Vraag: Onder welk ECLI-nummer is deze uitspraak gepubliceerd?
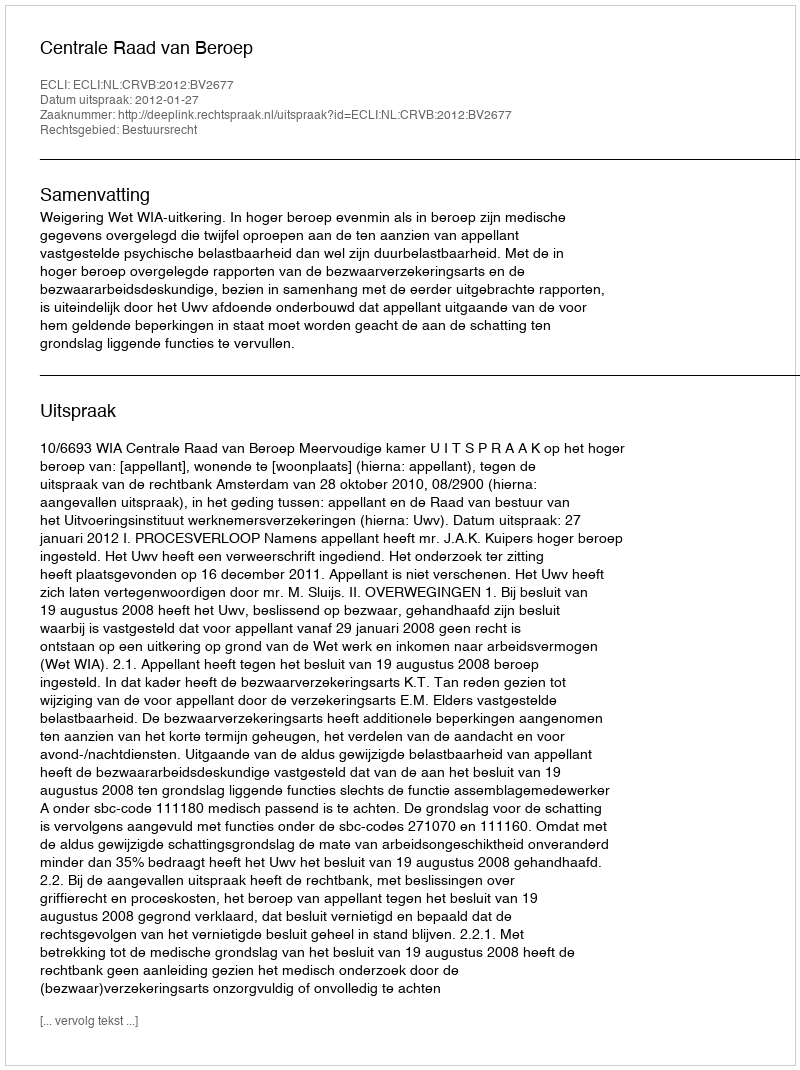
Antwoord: ECLI:NL:CRVB:2012:BV2677